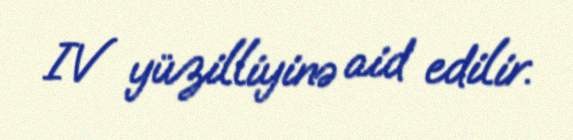
IV yüzilliyinə aid edilir.